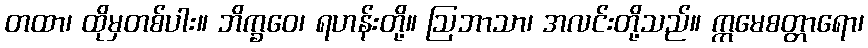
တထာ၊ ထိုမှတစ်ပါး။ ဘိက္ခဝေ၊ ရဟန်းတို့။ ဩဘာသာ၊ အလင်းတို့သည်။ ဣမေစတ္တာရော၊